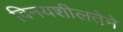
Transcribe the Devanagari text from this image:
विनयशीलतेने